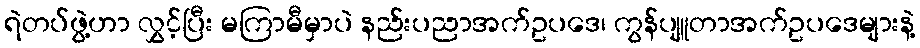
ရဲတပ်ဖွဲ့ဟာ လွှင့်ပြီး မကြာမီမှာပဲ နည်းပညာအက်ဥပဒေ၊ ကွန်ပျူတာအက်ဥပဒေများနဲ့